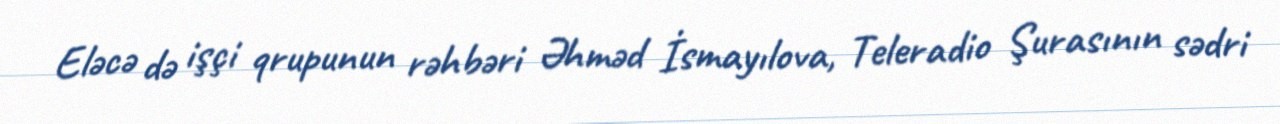
Eləcə də işçi qrupunun rəhbəri Əhməd İsmayılova, Teleradio Şurasının sədri